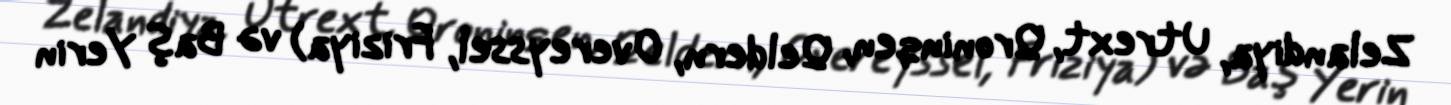
Zelandiya, Utrext, Qroninqen, Qeldern, Overeyssel, Friziya) və Baş Yerin